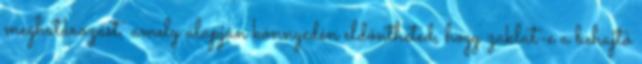
meghatározást, amely alapján könnyedén eldöntheted, hogy zaklat-e a behajtó